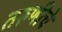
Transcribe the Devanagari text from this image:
तरुणीचे